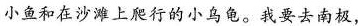
小鱼和在沙滩上爬行的小乌龟。我要去南极，